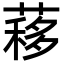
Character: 䔟